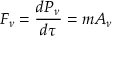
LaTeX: F _ { \nu } = { \frac { d P _ { \nu } } { d \tau } } = m A _ { \nu }